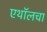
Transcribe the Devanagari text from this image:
एथॉलचा